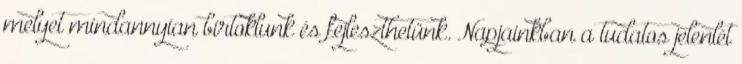
melyet mindannyian birtoklunk és fejleszthetünk. Napjainkban a tudatos jelenlét